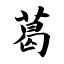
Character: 葛